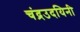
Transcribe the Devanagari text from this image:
चंद्रउदयिनी